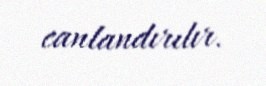
canlandırılır.